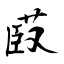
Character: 菣